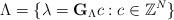
LaTeX: \begin{align*}\Lambda=\{\lambda=\mathbf{G}_\Lambda c: c\in \mathbb{Z}^N\}\end{align*}